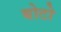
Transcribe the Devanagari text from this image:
बोटो